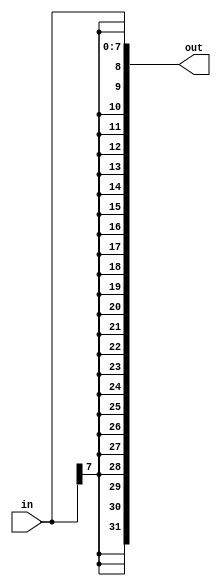
module extend #
(
    parameter in_width = 8,
    parameter out_width = 32,
    parameter sign_extend = 1
)
(
    input [in_width-1:0] in,
    output [out_width-1:0] out
);
    localparam extend_width = out_width - in_width;
    wire extend_bit;
    if (sign_extend)
        assign extend_bit = in[in_width-1];
    else
        assign extend_bit = 0;
    assign out = {{extend_width{extend_bit}}, in};
endmodule